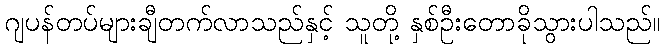
ဂျပန်တပ်များချီတက်လာသည်နှင့် သူတို့ နှစ်ဦးတောခိုသွားပါသည်။